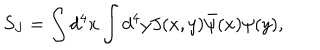
S _ { J } = \int d ^ { 4 } x \int d ^ { 4 } y J ( x , y ) \bar { \psi } ( x ) \psi ( y ) ,